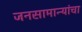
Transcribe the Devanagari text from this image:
जनसामान्यांचा